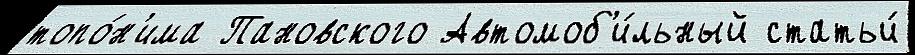
топо́н'има Пановского Автомоб'и́льный статьи́